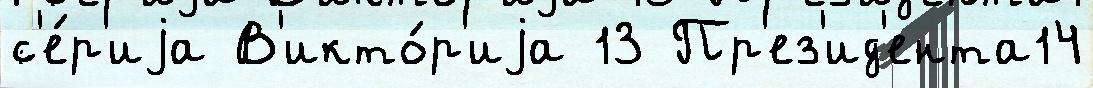
с'е́р'иjа В'икто́р'иjа 13 Пр'ез'ид'ента14